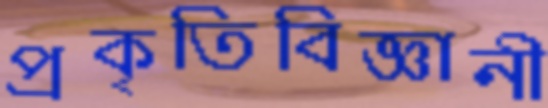
প্রকৃতিবিজ্ঞানী